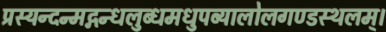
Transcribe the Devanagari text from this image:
प्रस्यन्दन्मद्गन्धलुब्धमधुपब्यालोलगण्डस्थलम्।